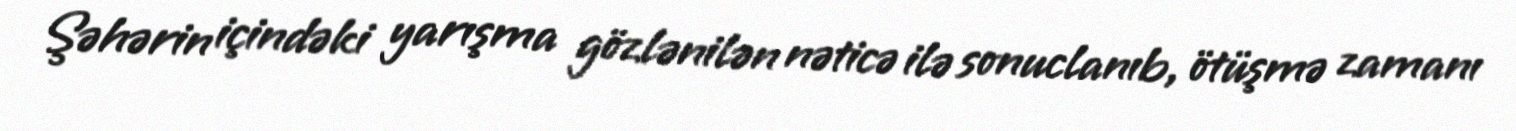
Şəhərin içindəki yarışma gözlənilən nəticə ilə sonuclanıb, ötüşmə zamanı